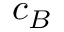
c _ { B }